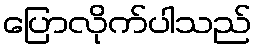
ပြောလိုက်ပါသည်